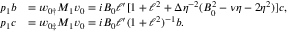
\begin{array} { r l } { p _ { 1 } b } & { = \boldsymbol { w } _ { 0 \dag } M _ { 1 } \boldsymbol { v } _ { 0 } = i B _ { 0 } \ell ^ { \prime } [ 1 + \ell ^ { 2 } + \Delta \eta ^ { - 2 } ( B _ { 0 } ^ { 2 } - \nu \eta - 2 \eta ^ { 2 } ) ] c , } \\ { p _ { 1 } c } & { = \boldsymbol { w } _ { 0 \ddag } M _ { 1 } \boldsymbol { v } _ { 0 } = i B _ { 0 } \ell ^ { \prime } ( 1 + \ell ^ { 2 } ) ^ { - 1 } b . } \end{array}